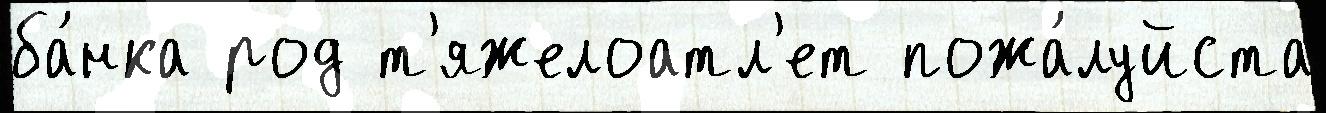
ба́нка род т'яжелоатл'ет пожа́луйста